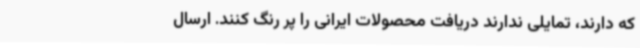
که دارند، تمایلی ندارند دریافت محصولات ایرانی را پر رنگ کنند. ارسال